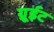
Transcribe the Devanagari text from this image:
ग्रूईट